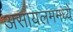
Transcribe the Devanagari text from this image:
असायलममध्ये